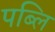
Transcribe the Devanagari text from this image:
पब्लि